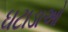
ઘટાડાઓ